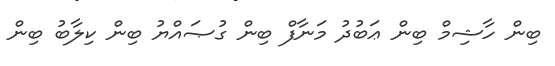
ބިން ހާޝިމް ބިން ޢަބުދު މަނާފް ބިން ގުޞައްޔު ބިން ކިލާބު ބިން